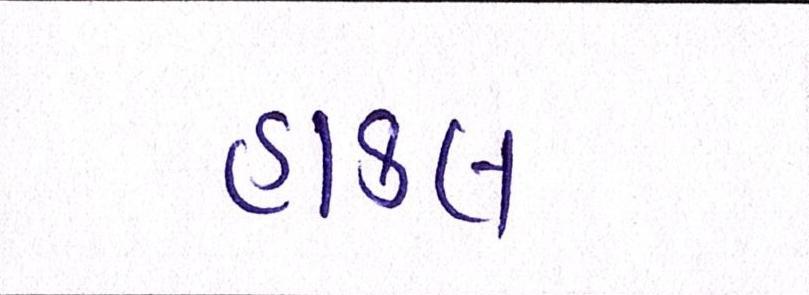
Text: હાકલ